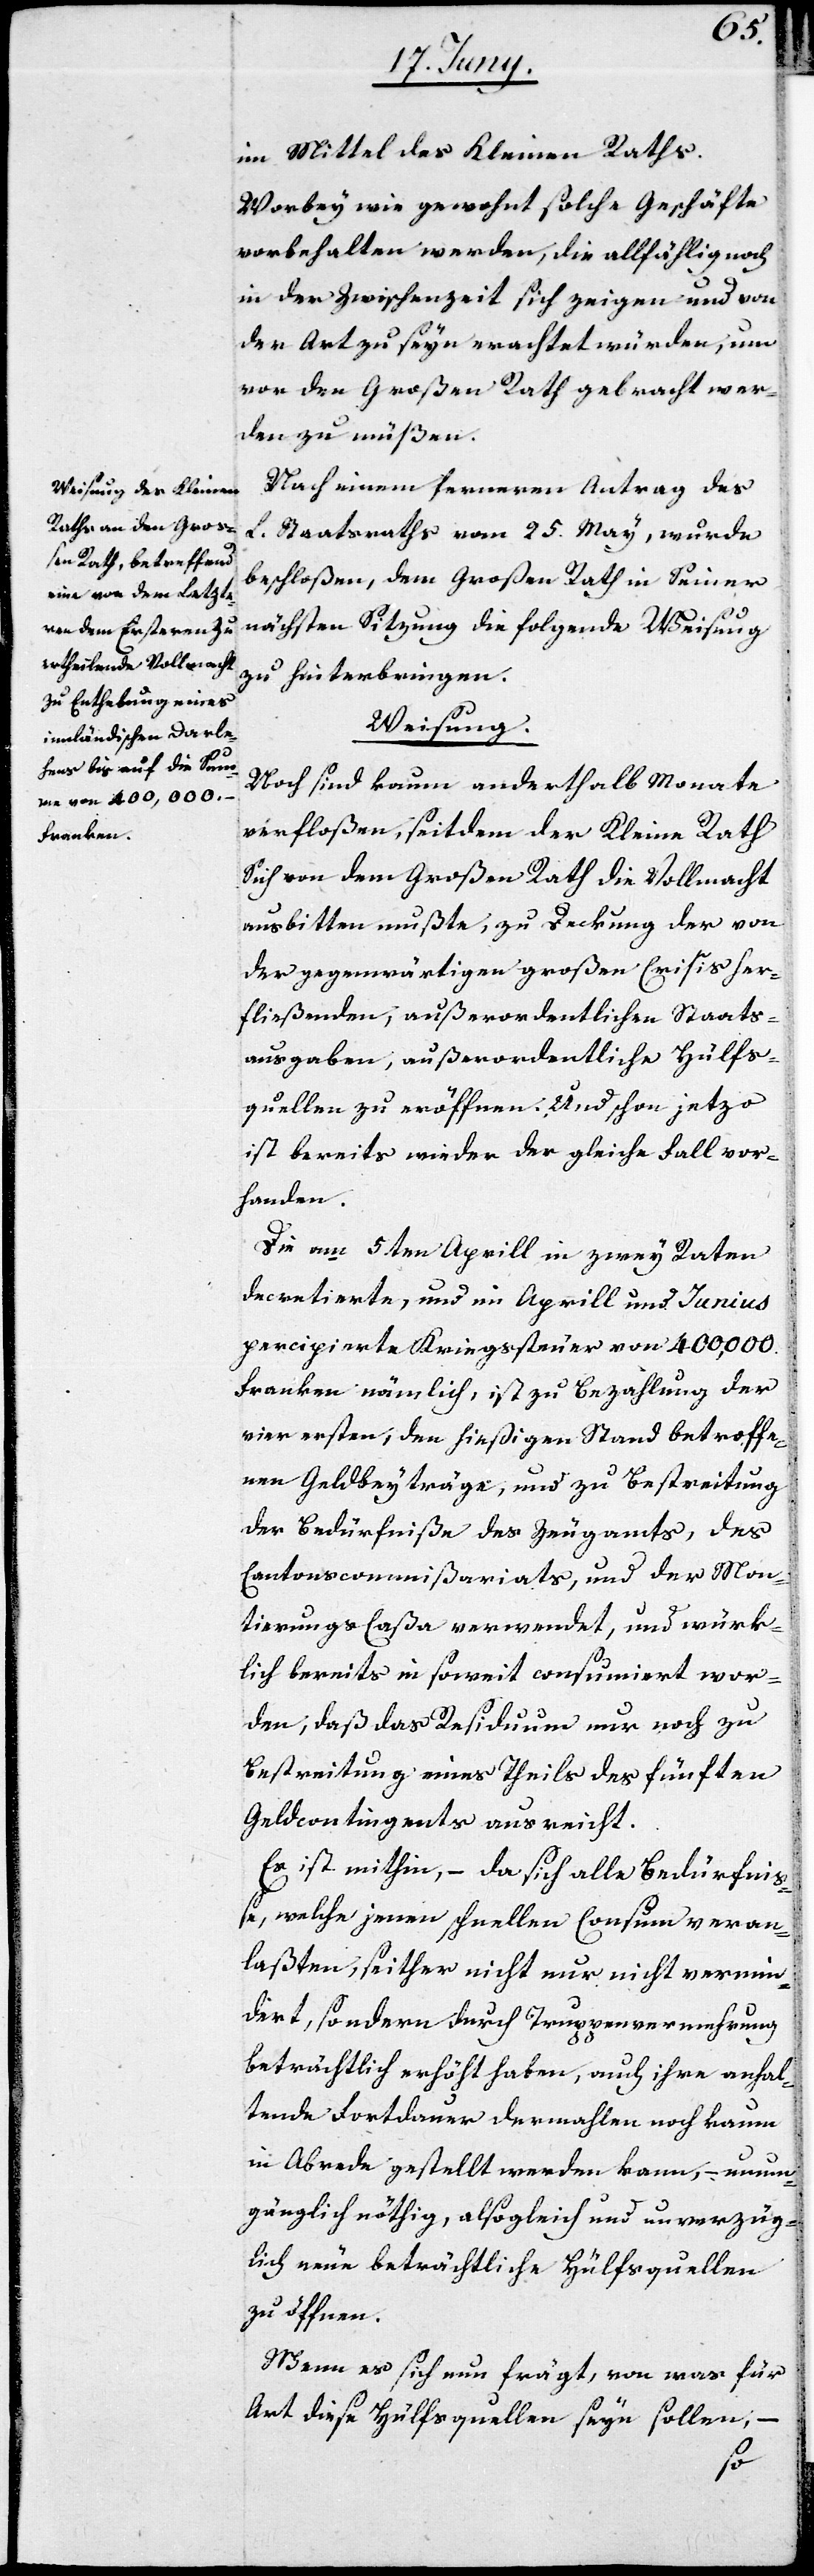
im Mittel des Kleinen Raths.
Worbey wie gewohnt solche Geschäfte
vorbehalten werden, die allfählig noch
in der Zwischenzeit sich zeigen und von
der Art zu seyn erachtet würden, um
vor den Großen Rath gebracht wer¬
den zu müßen.
Nach einem ferneren Antrag des
L. Staatsraths vom 25. May, wurde
beschloßen, dem Großen Rath in Seiner
nächsten Sitzung die folgende Weisung
zu hinterbringen.
Weisung.
Noch sind kaum anderthalb Monate
verfloßen, seitdem der Kleine Rath
Sich von dem Großen Rath die Vollmacht
ausbitten mußte, zu Deckung der von
der gegenwärtigen großen Crisis her¬
fließenden, außerordentlichen Staats¬
ausgaben, außerordentliche Hülfs¬
quellen zu eröffnen. Und schon jetzo
ist bereits wieder der gleiche Fall vor¬
handen.
Die am 5ten Aprill in zwey Raten
decretierte, und im Aprill und Junius
percipierte Kriegssteuer von 400,000.
Franken nämlich, ist zu Bezahlung der
vier ersten, den hießigen Stand betroffe¬
nen Geldbeyträge, und zu Bestreitung
der Bedürfniße des Zeugamts, des
Cantonscommißariats, und der Mon¬
tierungs-Caßa verwendet, und würk¬
lich bereits in soweit consumiert wor¬
den, daß das Residuum nur noch zu
Bestreitung eines Theils des fünften
Geldcontingents ausreicht.
Es ist mithin, – da sich alle Bedürfniß¬
e, welche jenen schnellen Consum veran¬
laßten, seither nicht nur nicht vermin¬
dert, sondern durch Truppenvermehrung
beträchtlich erhöht haben, auch ihre anhal¬
tende Fortdauer dermahlen noch kaum
in Abrede gestellt werden kann, – unum¬
gänglich nöthig, alsogleich und unverzüg¬
lich neue beträchtliche Hülfsquellen
zu öffnen.
Wenn es sich nun fragt, von was für
Art diese Hülfsquellen seyn sollen,